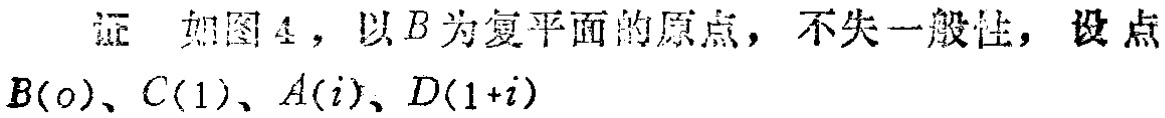
证 如图4，以\(B\)为复平面的原点，不失一般性，设点\(B(0)\)、\(C(1)\)、\(A(i)\)、\(D(1 + i)\)